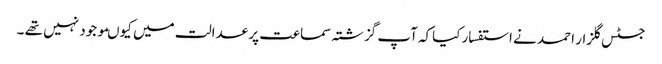
جسٹس گلزار احمد نے استفسار کیاکہ آپ گزشتہ سماعت پر عدالت میں کیوںموجود نہیں تھے ۔